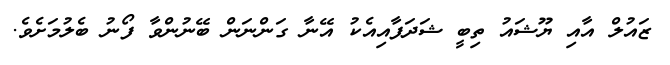
ޒައުލް އާއި ޔޫޝައު ތިބީ ޝަދަފާއިއެކު އޭނާ ގަންނަން ބޭނުންވާ ފޯނު ބެލުމަށެވެ.